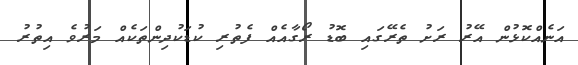
އަނެއްކޮޅުން އޭރު ރަށު ތެރޭގައި ބޮޑު ރޯގާއެއް ފެތުރި ކުޑަކުދިންތަކެއް މަރުވެ އިތުރު